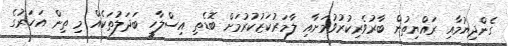
ގެންދިޔުމާއި ރައްޔިތުން ބާރުވެރިކުރުވުމަށާއި ލާމަރުކަޒުކުރުމަށް ބޮޑެތި އިސްލާހީ ބަދަލުތަކެއް މި ތިން އަހަރުގެ